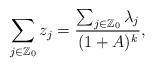
LaTeX: \begin{align*}\sum_{j\in \mathbb Z_0}z_j=\frac{\sum_{j\in \mathbb Z_0}\lambda_j}{(1+A)^k},\end{align*}